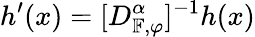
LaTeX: h^{\prime}(x)=[D_{\mathbb{F},\varphi}^{\alpha}]^{-1}h(x)